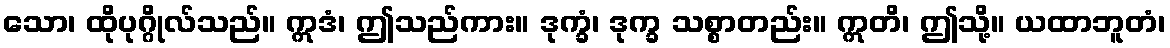
သော၊ ထိုပုဂ္ဂိုလ်သည်။ ဣဒံ၊ ဤသည်ကား။ ဒုက္ခံ၊ ဒုက္ခ သစ္စာတည်း။ ဣတိ၊ ဤသို့။ ယထာဘူတံ၊